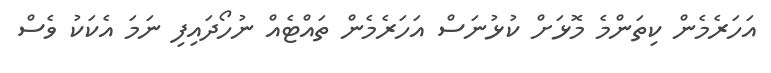
އަަހަރެމެން ކިތަންމެ މޮޅަށް ކުޅުނަސް އަހަރެމެން ތައްޓެއް ނުހޯދައިފި ނަމަ އެކަކު ވެސް